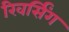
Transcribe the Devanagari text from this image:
रिवर्सिंग